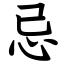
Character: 忌